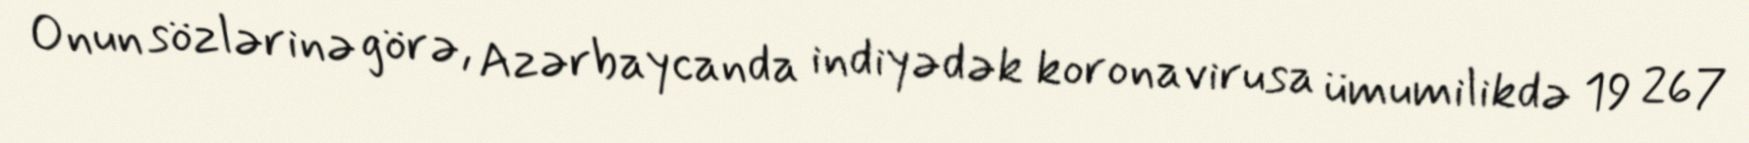
Onun sözlərinə görə, Azərbaycanda indiyədək koronavirusa ümumilikdə 19 267